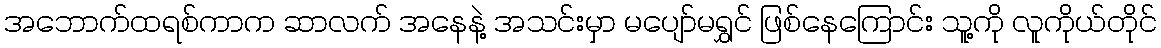
အဘောက်ထရစ်ကာက ဆာလက် အနေနဲ့ အသင်းမှာ မပျော်မရွှင် ဖြစ်နေကြောင်း သူ့ကို လူကိုယ်တိုင်